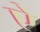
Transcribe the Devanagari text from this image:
एे